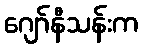
ဂျော်နီသန်းက